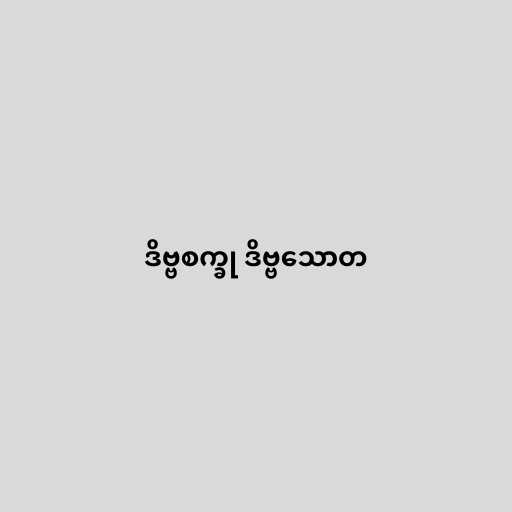
ဒိဗ္ဗစက္ခု ဒိဗ္ဗသောတ